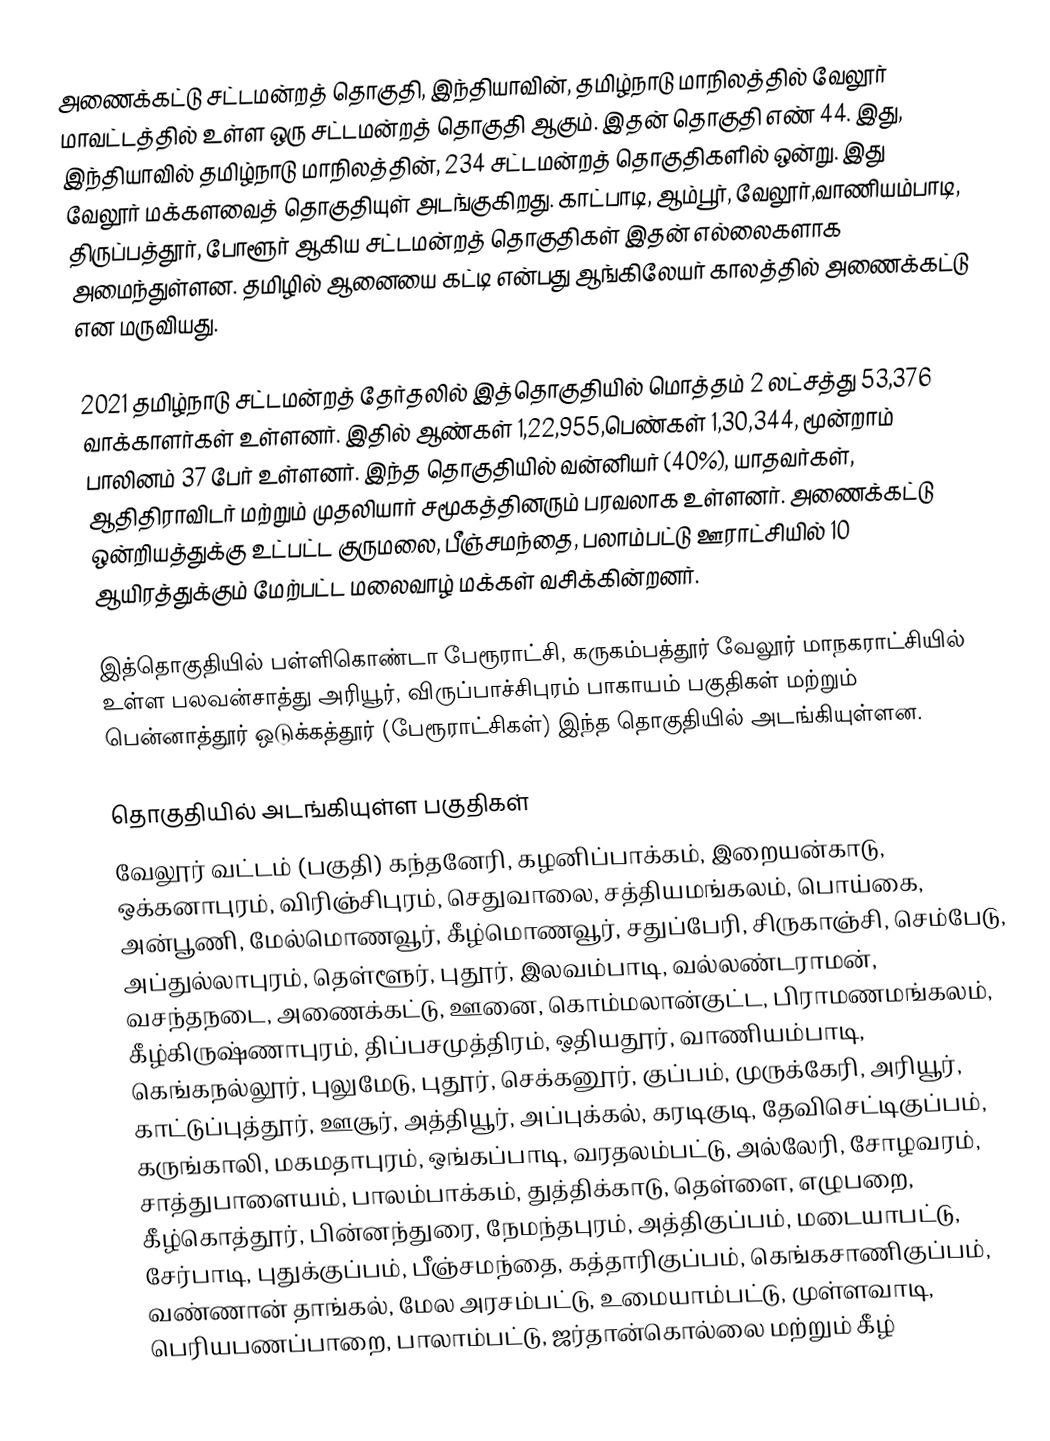
அணைக்கட்டு சட்டமன்றத் தொகுதி, இந்தியாவின், தமிழ்நாடு மாநிலத்தில்  வேலூர் மாவட்டத்தில் உள்ள ஒரு சட்டமன்றத் தொகுதி ஆகும். இதன் தொகுதி எண் 44. இது, இந்தியாவில் தமிழ்நாடு மாநிலத்தின், 234 சட்டமன்றத் தொகுதிகளில் ஒன்று. இது வேலூர் மக்களவைத் தொகுதியுள் அடங்குகிறது. காட்பாடி, ஆம்பூர், வேலூர்,வாணியம்பாடி, திருப்பத்தூர், போளூர் ஆகிய சட்டமன்றத் தொகுதிகள் இதன் எல்லைகளாக அமைந்துள்ளன. தமிழில் ஆனையை கட்டி என்பது ஆங்கிலேயர் காலத்தில் அணைக்கட்டு என மருவியது.

2021 தமிழ்நாடு சட்டமன்றத் தேர்தலில் இத்தொகுதியில் மொத்தம் 2 லட்சத்து 53,376 வாக்காளர்கள் உள்ளனர். இதில் ஆண்கள் 1,22,955,பெண்கள் 1,30,344, மூன்றாம் பாலினம் 37 பேர் உள்ளனர். இந்த தொகுதியில் வன்னியர் (40%),  யாதவர்கள், ஆதிதிராவிடர் மற்றும் முதலியார் சமூகத்தினரும் பரவலாக உள்ளனர். அணைக்கட்டு ஒன்றியத்துக்கு உட்பட்ட குருமலை, பீஞ்சமந்தை, பலாம்பட்டு ஊராட்சியில் 10 ஆயிரத்துக்கும் மேற்பட்ட மலைவாழ் மக்கள் வசிக்கின்றனர்.

இத்தொகுதியில் பள்ளிகொண்டா பேரூராட்சி, கருகம்பத்தூர் வேலூர் மாநகராட்சியில் உள்ள பலவன்சாத்து அரியூர், விருப்பாச்சிபுரம் பாகாயம் பகுதிகள் மற்றும் பென்னாத்தூர் ஒடுக்கத்தூர் (பேரூராட்சிகள்) இந்த தொகுதியில் அடங்கியுள்ளன.

தொகுதியில் அடங்கியுள்ள பகுதிகள்
வேலூர் வட்டம் (பகுதி) கந்தனேரி, கழனிப்பாக்கம், இறையன்காடு, ஒக்கனாபுரம், விரிஞ்சிபுரம், செதுவாலை, சத்தியமங்கலம், பொய்கை, அன்பூணி, மேல்மொணவூர், கீழ்மொணவூர், சதுப்பேரி, சிருகாஞ்சி, செம்பேடு, அப்துல்லாபுரம், தெள்ளூர், புதூர், இலவம்பாடி, வல்லண்டராமன், வசந்தநடை, அணைக்கட்டு, ஊனை, கொம்மலான்குட்ட, பிராமணமங்கலம், கீழ்கிருஷ்ணாபுரம், திப்பசமுத்திரம், ஒதியதூர், வாணியம்பாடி, கெங்கநல்லூர், புலுமேடு, புதூர், செக்கனூர், குப்பம், முருக்கேரி, அரியூர், காட்டுப்புத்தூர், ஊசூர், அத்தியூர், அப்புக்கல், கரடிகுடி, தேவிசெட்டிகுப்பம், கருங்காலி, மகமதாபுரம், ஒங்கப்பாடி, வரதலம்பட்டு, அல்லேரி, சோழவரம், சாத்துபாளையம், பாலம்பாக்கம், துத்திக்காடு, தெள்ளை, எழுபறை, கீழ்கொத்தூர், பின்னந்துரை, நேமந்தபுரம், அத்திகுப்பம், மடையாபட்டு, சேர்பாடி, புதுக்குப்பம், பீஞ்சமந்தை, கத்தாரிகுப்பம், கெங்கசாணிகுப்பம், வண்ணான் தாங்கல், மேல அரசம்பட்டு, உமையாம்பட்டு, முள்ளவாடி, பெரியபணப்பாறை, பாலாம்பட்டு, ஜர்தான்கொல்லை மற்றும் கீழ்